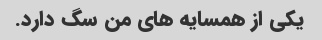
یکی از همسایه های من سگ دارد.